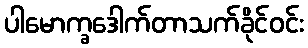
ပါမောက္ခဒေါက်တာသက်ခိုင်ဝင်း